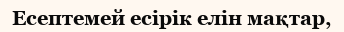
Есептемей есірік елін мақтар,